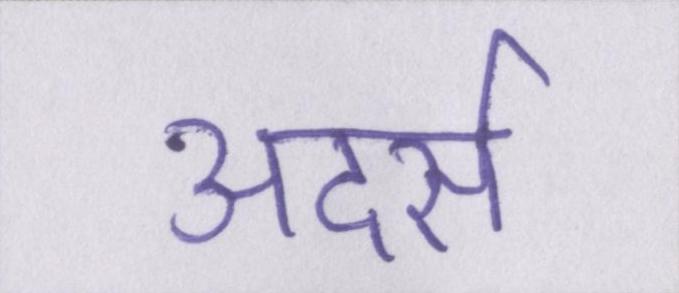
अदर्स